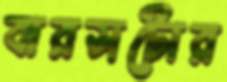
বারসটোর